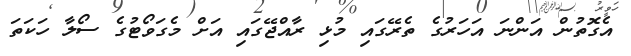
އެގޮތުން އަންނަ އަހަރުގެ ތެރޭގައި މުޅި ރާއްޖޭގައި އަށް މެގަވޯޓުގެ ސޯލާ ހަކަތަ